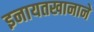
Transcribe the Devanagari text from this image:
इनायतखानाने